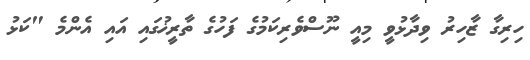
ހިރިގާ ޒާހިރު ވިދާޅުވީ މިއީ ނޫސްވެރިކަމުގެ ފަހުގެ ތާރީޚުގައި އައި އެންމެ "ކަޅު